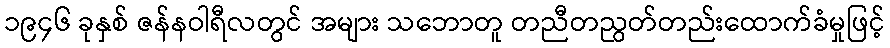
၁၉၄၆ ခုနှစ် ဇန်နဝါရီလတွင် အများ သဘောတူ တညီတညွတ်တည်းထောက်ခံမှုဖြင့်